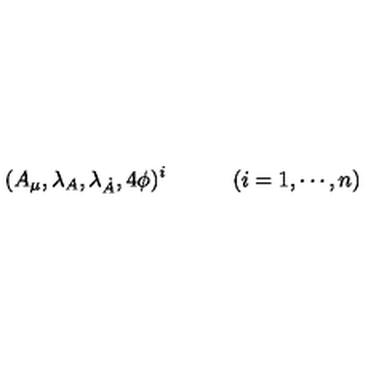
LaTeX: ( A _ { \mu } , \lambda _ { A } , \lambda _ { \dot { A } } , 4 \phi ) ^ { i } \qquad \quad ( i = 1 , \cdots , n )